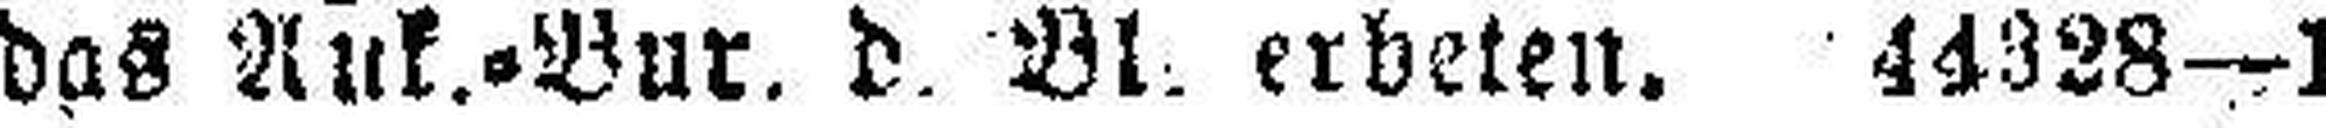
das Ank.=Bur. d. Bl. erbeten. 44328—1